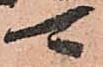
可